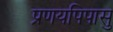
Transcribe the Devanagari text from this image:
प्रणयपिपासु